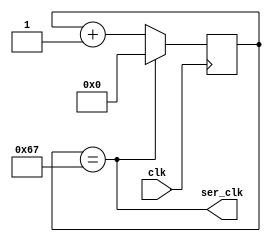

// by James Bowman, https://github.com/jamesbowman/swapforth/blob/master/j1a/icestorm/uart.v

`default_nettype none

`define CLKFREQ   12000000    // frequency of incoming signal 'clk'
`define BAUD      115200

// Simple baud generator for transmitter
// ser_clk pulses at 115200 Hz

module baudgen(
  input wire clk,
  output wire ser_clk);

  localparam lim = (`CLKFREQ / `BAUD) - 1; 
  localparam w = $clog2(lim);
  wire [w-1:0] limit = lim;
  reg [w-1:0] counter;
  assign ser_clk = (counter == limit);

  always @(posedge clk)
    counter <= ser_clk ? 0 : (counter + 1);
endmodule

// For receiver, a similar baud generator.
//
// Need to restart the counter when the transmission starts
// Generate 2X the baud rate to allow sampling on bit boundary
// So ser_clk pulses at 2*115200 Hz

module baudgen2(
  input wire clk,
  input wire restart,
  output wire ser_clk);

  localparam lim = (`CLKFREQ / (2 * `BAUD)) - 1; 
  localparam w = $clog2(lim);
  wire [w-1:0] limit = lim;
  reg [w-1:0] counter;
  assign ser_clk = (counter == limit);

  always @(posedge clk)
    if (restart)
      counter <= 0;
    else
      counter <= ser_clk ? 0 : (counter + 1);

endmodule

/*

-----+     +-----+-----+-----+-----+-----+-----+-----+-----+-----+-----+----
     |     |     |     |     |     |     |     |     |     |     |     |
     |start|  1  |  2  |  3  |  4  |  5  |  6  |  7  |  8  |stop1|stop2|
     |     |     |     |     |     |     |     |     |     |     |  ?  |
     +-----+-----+-----+-----+-----+-----+-----+-----+-----+           +

*/

module uart(
   input wire clk,
   input wire resetq,

   output wire uart_busy,       // High means UART is transmitting
   output reg uart_tx,          // UART transmit wire

   input wire uart_wr_i,        // Raise to transmit byte
   input wire [7:0] uart_dat_i
);
  reg [3:0] bitcount;           // 0 means idle, so this is a 1-based counter
  reg [8:0] shifter;

  assign uart_busy = |bitcount;
  wire sending = |bitcount;

  wire ser_clk;

  baudgen _baudgen(
    .clk(clk),
    .ser_clk(ser_clk));

  always @(negedge resetq or posedge clk)
  begin
    if (!resetq) begin
      uart_tx <= 1;
      bitcount <= 0;
      shifter <= 0;
    end else begin
      if (uart_wr_i) begin
        { shifter, uart_tx } <= { uart_dat_i[7:0], 1'b0, 1'b1 };
        bitcount <= 1 + 8 + 1;    // 1 start, 8 data, 1 stop
      end else if (ser_clk & sending) begin
        { shifter, uart_tx } <= { 1'b1, shifter };
        bitcount <= bitcount - 4'd1;
      end
    end
  end

endmodule

module rxuart(
   input wire clk,
   input wire resetq,
   input wire uart_rx,      // UART recv wire
   input wire rd,           // read strobe
   output wire valid,       // has data 
   output wire [7:0] data); // data
  reg [4:0] bitcount;
  reg [7:0] shifter;

  // bitcount == 11111: idle
  //             0-17:  sampling incoming bits
  //             18:    character received

  // On starting edge, wait 3 half-bits then sample, and sample every 2 bits thereafter

  wire idle = &bitcount;
  assign valid = (bitcount == 18);

  wire sample;
  reg [2:0] hh = 3'b111;
  wire [2:0] hhN = {hh[1:0], uart_rx};
  wire startbit = idle & (hhN[2:1] == 2'b10);
  wire [7:0] shifterN = sample ? {hh[1], shifter[7:1]} : shifter;

  wire ser_clk;

  baudgen2 _baudgen(
    .clk(clk),
    .restart(startbit),
    .ser_clk(ser_clk));

  reg [4:0] bitcountN;
  always @*
    if (startbit)
      bitcountN = 0;
    else if (!idle & !valid & ser_clk)
      bitcountN = bitcount + 5'd1;
    else if (valid & rd)
      bitcountN = 5'b11111;
    else
      bitcountN = bitcount;

  // 3,5,7,9,11,13,15,17
  assign sample = (|bitcount[4:1]) & bitcount[0] & ser_clk;
  assign data = shifter;

  always @(negedge resetq or posedge clk)
  begin
    if (!resetq) begin
      hh <= 3'b111;
      bitcount <= 5'b11111;
      shifter <= 0;
    end else begin
      hh <= hhN;
      bitcount <= bitcountN;
      shifter <= shifterN;
    end
  end
endmodule

module buart(
   input wire clk,
   input wire resetq,
   input wire rx,           // recv wire
   output wire tx,          // xmit wire
   input wire rd,           // read strobe
   input wire wr,           // write strobe
   output wire valid,       // has recv data 
   output wire busy,        // is transmitting
   input wire [7:0] tx_data,
   output wire [7:0] rx_data // data
);
  rxuart _rx (
     .clk(clk),
     .resetq(resetq),
     .uart_rx(rx),
     .rd(rd),
     .valid(valid),
     .data(rx_data));
  uart _tx (
     .clk(clk),
     .resetq(resetq),
     .uart_busy(busy),
     .uart_tx(tx),
     .uart_wr_i(wr),
     .uart_dat_i(tx_data));
endmodule